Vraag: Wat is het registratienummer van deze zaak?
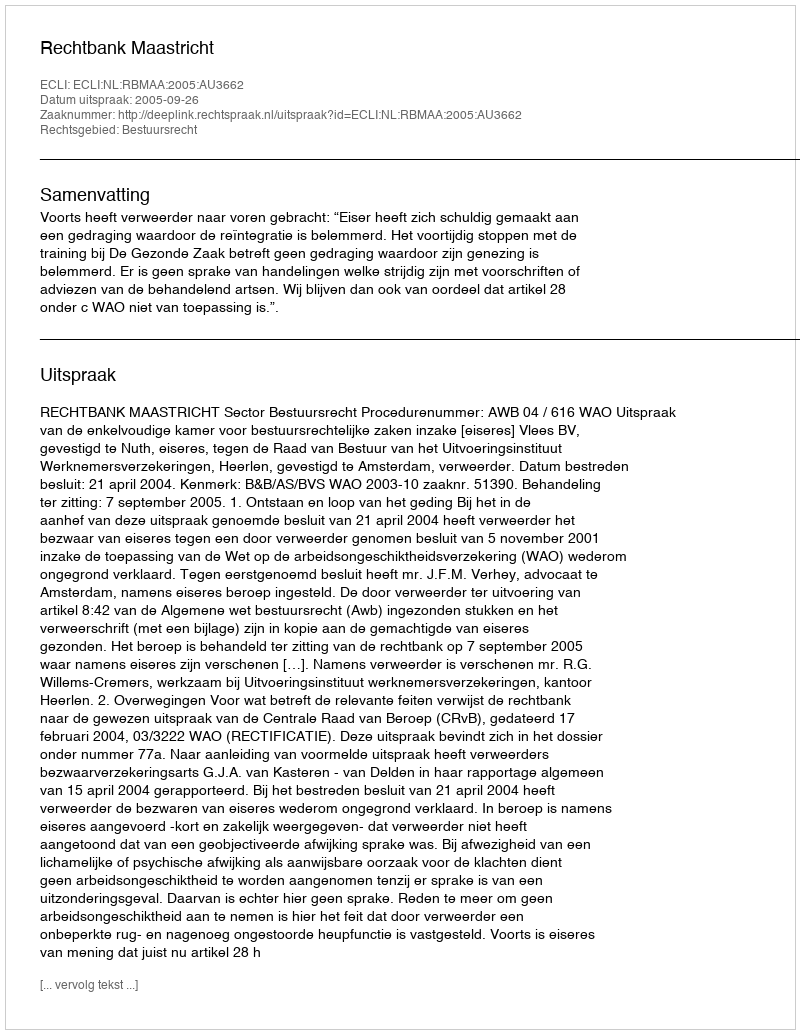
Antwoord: http://deeplink.rechtspraak.nl/uitspraak?id=ECLI:NL:RBMAA:2005:AU3662